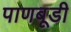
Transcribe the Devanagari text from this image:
पाणबूडी